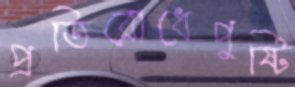
প্রতিরোধেপুষ্টি